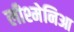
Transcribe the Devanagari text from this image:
लीश्मेनिआ